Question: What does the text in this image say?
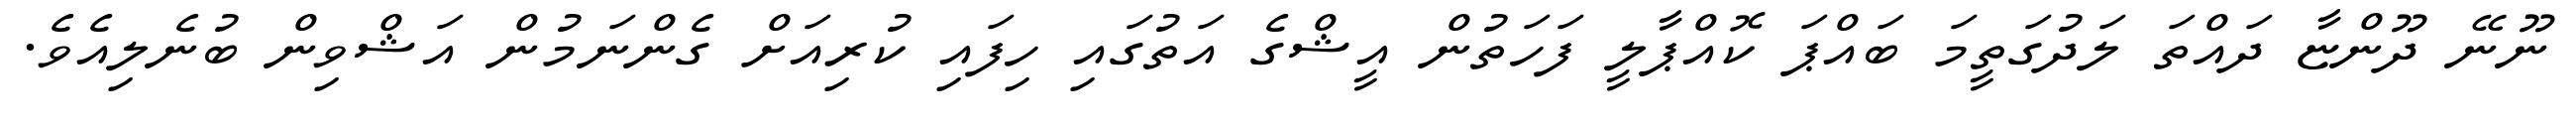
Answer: ނޫނޭ ދޫންޏާ ދައްތަ ލަދުގަތީމަ ބައްޕަ ކޮއްޕާލީ ފަހަތުން އީޝްގެ އަތުގައި ހިފައި ކުރިއަށް ގެންނަމުން އަޝްވިން ބުނެލިއެވެ.